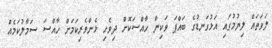
ލަވަތައް ލިޔުމުގައި އަޅުގަނޑުގެ ބައްޕަ ވަކިން ހާއްސަކޮށް ދިވެހި ޅެންވެރިކަމަށް ހާއްސަ ސަމާލުކަމެއް